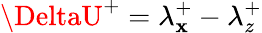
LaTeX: \DeltaU^{+}=\lambda_{\mathbf{x}}^{+}-\lambda_{z}^{+}